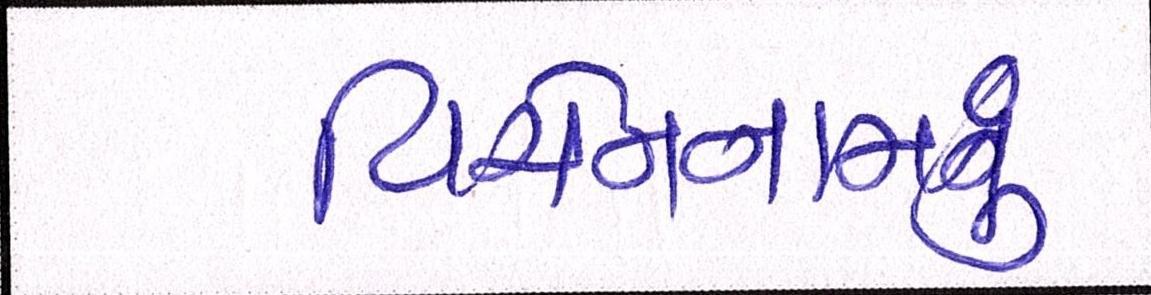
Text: વિયેતનામનું